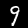
Label: 9